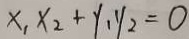
x _ { 1 } x _ { 2 } + y _ { 1 } y _ { 2 } = 0